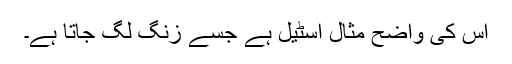
اس کی واضح مثال اسٹیل ہے جسے زنگ لگ جاتا ہے۔